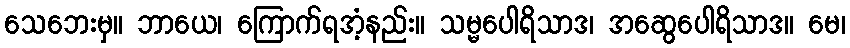
သေဘေးမှ။ ဘာယေ၊ ကြောက်ရအံ့နည်း။ သမ္မပေါရိသာဒ၊ အဆွေပေါရိသာဒ။ မေ၊